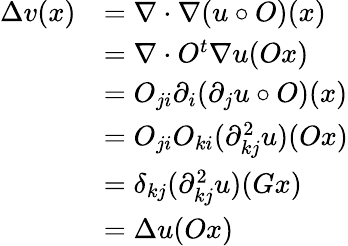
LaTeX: \begin{array}{rl}{\Delta v(x)}&{=\nabla\cdot\nabla(u\circ O)(x)}\\ &{=\nabla\cdot O^{t}\nabla u(Ox)}\\ &{=O_{ji}\partial_{i}(\partial_{j}u\circ O)(x)}\\ &{=O_{ji}O_{ki}(\partial_{kj}^{2}u)(Ox)}\\ &{=\delta_{kj}(\partial_{kj}^{2}u)(Gx)}\\ &{=\Delta u(Ox)}\end{array}